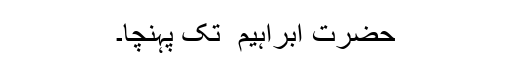
حضرت ابراہیم ؑ تک پہنچا۔